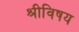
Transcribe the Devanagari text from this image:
श्रीविषय